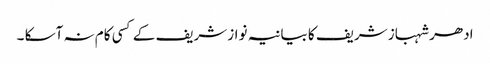
ادھر شہباز شریف کا بیانیہ نوازشریف کے کسی کام نہ آسکا ۔